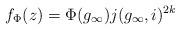
LaTeX: \begin{align*}f_{\Phi}(z)=\Phi(g_\infty)j(g_\infty,i)^{2k}\end{align*}